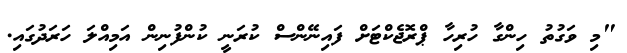
"މި ވަގުތު ހިންގާ ހުރިހާ ޕްރޮޖެކްޓަށް ފައިނޭންސް ކުރަނީ ކުންފުނިން އަމިއްލަ ހަރަދުގައި.